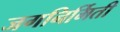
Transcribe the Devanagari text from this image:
जगनिर्मिती